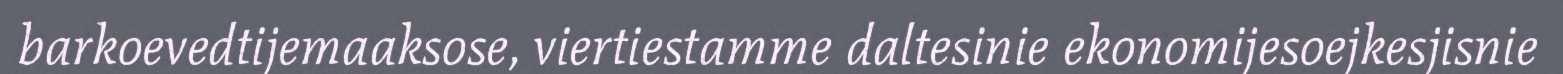
barkoevedtijemaaksose, viertiestamme daltesinie ekonomijesoejkesjisnie